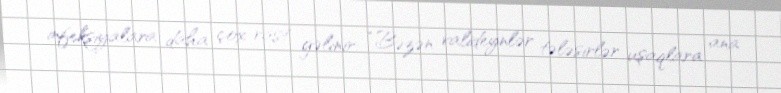
infeksiyalara daha çox rast gəlinir: “Bəzən valideynlər tələsirlər uşaqlara ana